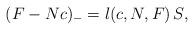
LaTeX: \begin{align*}(F-Nc)_- = l(c,N,F)\,S,\end{align*}